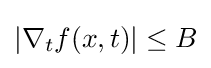
|\nabla _{t}f(x,t)|\leq B